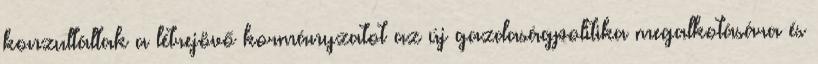
konzultáltak a létrejövő kormányzatot az új gazdaságpolitika megalkotására és